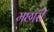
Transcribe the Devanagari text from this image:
मछारी